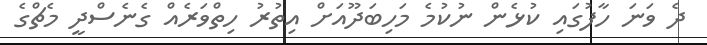
ދެ ވަނަ ހާފުގައި ކުޅެން ނުކުމެ މަހިބަދޫއަށް އިތުރު ހިތްވަރެއް ގެނެސްދީ މެޗްގެ